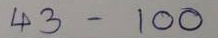
43 - 100